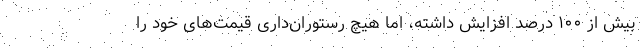
بیش از ۱۰۰ درصد افزایش داشته، اما هیچ رستوران‌داری قیمت‌های خود را